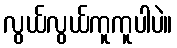
လွယ်လွယ်ကူကူပါပဲ။